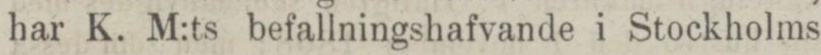
har K. M:ts befallningshafvande i Stockholms